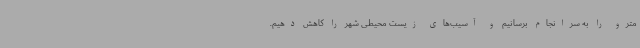
مترو را به سرانجام برسانیم و آسیب‌های زیست محیطی شهر را کاهش دهیم.